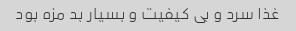
غذا سرد و بی کیفیت و بسیار بد مزه بود